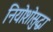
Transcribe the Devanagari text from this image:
नियोशोसुद्धा